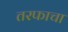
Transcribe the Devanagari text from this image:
तरफाचा